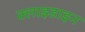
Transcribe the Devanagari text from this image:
क्लाइडाइन